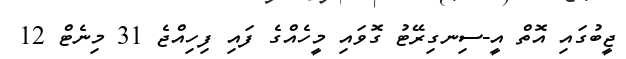
ޖީބުގައި އޮތް އީ-ސިނގިރޭޓު ގޮވައި މީހެއްގެ ފައި ފިހިއްޖެ 31 މިނެޓް 12